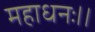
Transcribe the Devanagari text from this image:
महाधनः।।